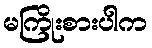
မကြိုးစားပါက